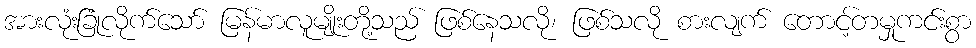
အားလုံးခြုံလိုက်သော် မြန်မာလူမျိုးတို့သည် ဖြစ်နေသလို၊ ဖြစ်သလို စားလျက် တောင့်တမှုကင်းစွာ